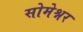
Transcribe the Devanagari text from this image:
सोमेश्नर